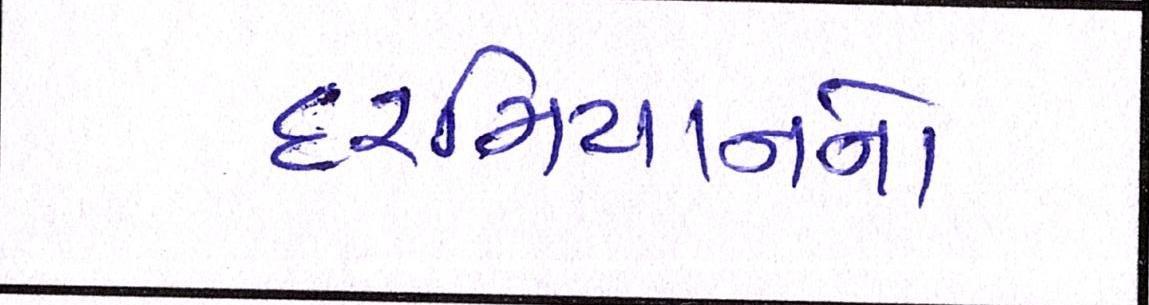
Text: દરમિયાનનો